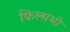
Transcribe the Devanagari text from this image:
फिल्मभी